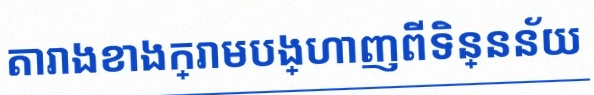
តារាងខាងក្រោមបង្ហាញពីទិន្នន័យ